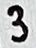
Text: 3